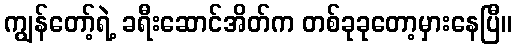
ကျွန်တော့်ရဲ့ ခရီးဆောင်အိတ်က တစ်ခုခုတော့မှားနေပြီ။